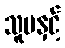
သူမနှင့်